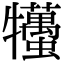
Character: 𤜒